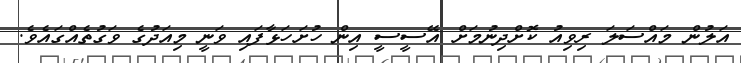
އަލުން މައްސަލަ ރިވިއު ކޮށްދިނުމަށް އޭސީސީ އިން ހުށަހަޅާފައި ވަނީ މިއަދުގެ ވަގުތެއްގައެވެ.